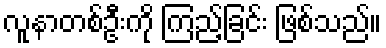
လူနာတစ်ဦးကို ကြည့်ခြင်း ဖြစ်သည်။